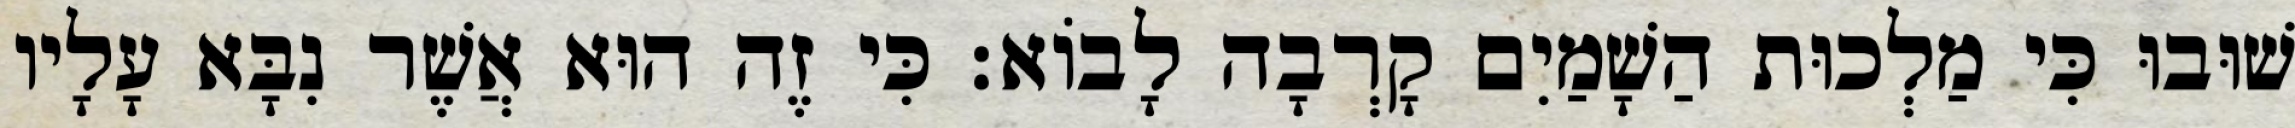
שׁוּבוּ כִּי מַלְכוּת הַשָׁמַיִם קָרְבָה לָבוֹא׃ כִּי זֶה הוּא אֲשֶׁר נִבָּא עָלָיו